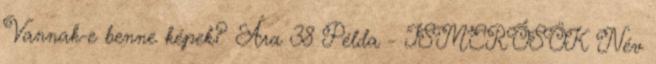
Vannak-e benne képek? Ára 38 Példa - ISMERŐSÖK Név